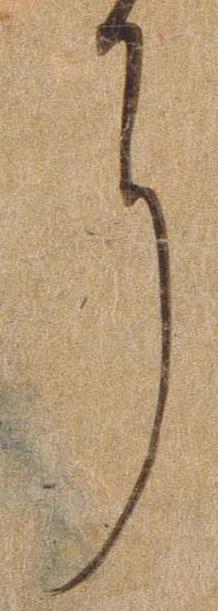
に